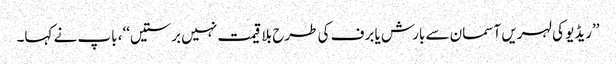
’’ریڈیو کی لہریں آسمان سے بارش یا برف کی طرح بلا قیمت نہیں برستیں‘‘، باپ نے کہا۔